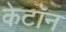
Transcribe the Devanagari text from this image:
केटॉन